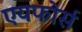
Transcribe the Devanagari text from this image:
एयफोर्स